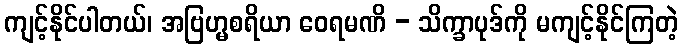
ကျင့်နိုင်ပါတယ်၊ အဗြဟ္မစရိယာ ဝေရမဏိ - သိက္ခာပုဒ်ကို မကျင့်နိုင်ကြတဲ့